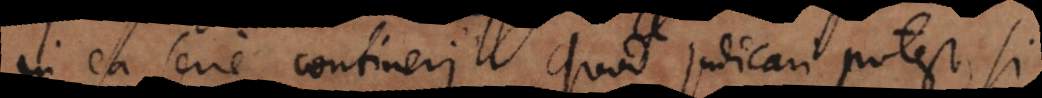
in ea serie contineri. Quod judicari potest, si